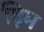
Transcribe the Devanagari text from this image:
ड़िम